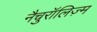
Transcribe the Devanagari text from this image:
नैचुरॉलिज़्म